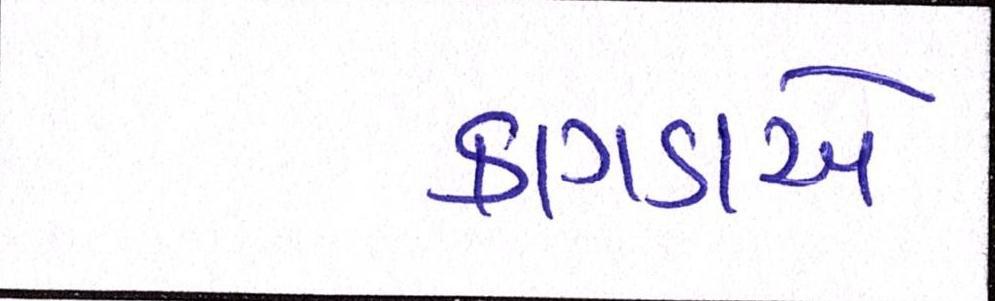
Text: કાગડાએ